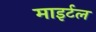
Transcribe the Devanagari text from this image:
माइर्टल